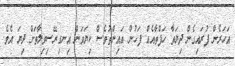
އަހަރެން ފުރައިގެން ދިޔަތާ ހަފްތާއެއް ފަހުން އައިންތުވެސް ކިޔަވަން އިނގިރޭސިވިލާތަށް ދިޔަ އެވެ.